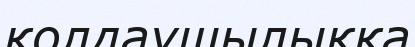
қолдаушылыққа